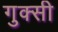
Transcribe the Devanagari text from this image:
गुक्सी